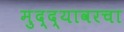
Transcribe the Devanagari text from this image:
मुद्द्यावरचा